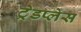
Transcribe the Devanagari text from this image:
ट्रेडप्लेस